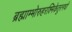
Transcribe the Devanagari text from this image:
ब्रह्माम्भोरुहरश्मिकेतुरनघो